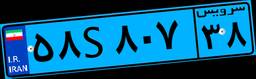
۰۹S۵۷۵۱۱